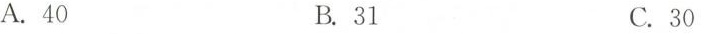
A.40 B.31 C.30